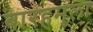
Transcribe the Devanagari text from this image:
बारहमूला